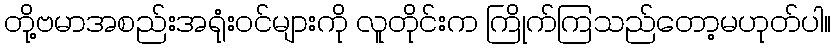
တို့ဗမာအစည်းအရုံးဝင်များကို လူတိုင်းက ကြိုက်ကြသည်တော့မဟုတ်ပါ။